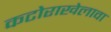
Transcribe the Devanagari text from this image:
कटोराखेलावा